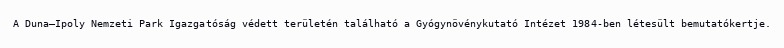
A Duna–Ipoly Nemzeti Park Igazgatóság védett területén található a Gyógynövénykutató Intézet 1984-ben létesült bemutatókertje.